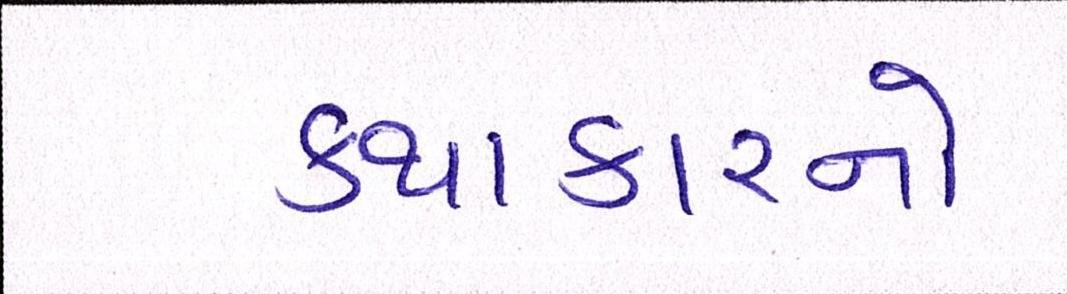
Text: કથાકારનો